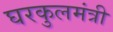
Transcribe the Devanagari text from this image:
घरकुलमंत्री